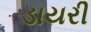
ડાયરી